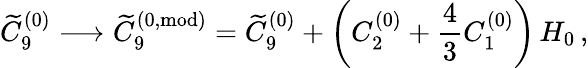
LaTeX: \widetilde{C}_{9}^{(0)}\longrightarrow\widetilde{C}_{9}^{(0,\mathrm{mod})}=\widetilde{C}_{9}^{(0)}+\left(C_{2}^{(0)}+\frac{4}{3}C_{1}^{(0)}\right)\, H_{0}\, ,